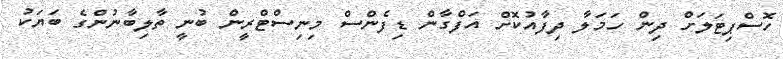
ހޮސްޕިޓަލަށް ދިން ހަމަލާ ދިފާއުކޮށް އަފްގާން ޑިފެންސް މިނިސްޓްރީން ބުނީ ތާލިބާނުންގެ ބަޔަކު